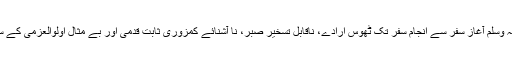
رسولِ خدا صلی اللہ علیہ وسلم آغازِ سفر سے انجامِ سفر تک ٹھوس اِرادے، ناقابل تسخیر صبر، نا آشنائے کمزوری ثابت قدمی اور بے مثال اولوالعزمی کے ساتھ سرگرم عمل رہے۔